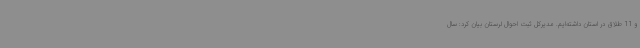
و 11 طلاق در استان داشته‌ایم. مدیرکل ثبت احوال لرستان بیان کرد: سال